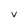
Character: V